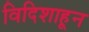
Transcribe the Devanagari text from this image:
विदिशाहून